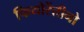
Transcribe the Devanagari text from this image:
फियोरेंतीनो